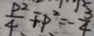
\frac { P ^ { 2 } } { 4 } + P ^ { 2 } = - \frac { 3 } { 4 }